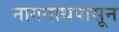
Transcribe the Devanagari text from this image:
नागनाथपासून